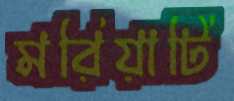
মরিয়াটি